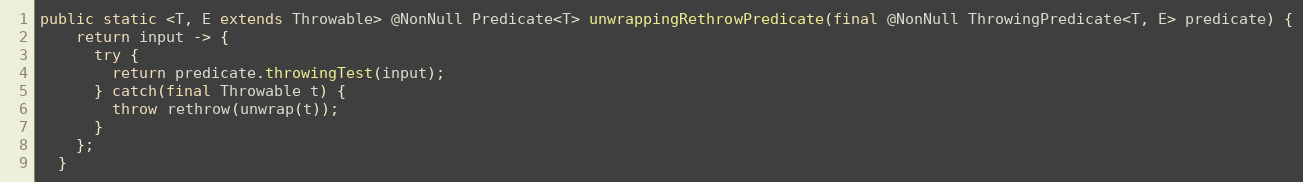
Language: Java
public static <T, E extends Throwable> @NonNull Predicate<T> unwrappingRethrowPredicate(final @NonNull ThrowingPredicate<T, E> predicate) {
    return input -> {
      try {
        return predicate.throwingTest(input);
      } catch(final Throwable t) {
        throw rethrow(unwrap(t));
      }
    };
  }